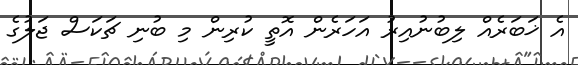
އެ ޚަބަރެއް ލިބުނުއިރު އަހަރެން އޮތީ ކުރިން މި ބުނި ޗަކަސް ޖަލުގެ